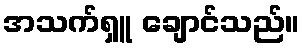
အသက်ရှူ ချောင်သည်။